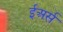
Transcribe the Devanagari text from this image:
ईअर्स